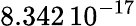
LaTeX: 8.342\, {10}^{-17}